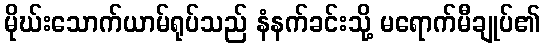
မိုဃ်းသောက်ယာမ်ရုပ်သည် နံနက်ခင်းသို့ မရောက်မီချုပ်၏